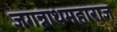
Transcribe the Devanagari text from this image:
जगन्नाथमहाराज